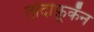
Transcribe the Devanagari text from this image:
तोदोफ़ूकॅन